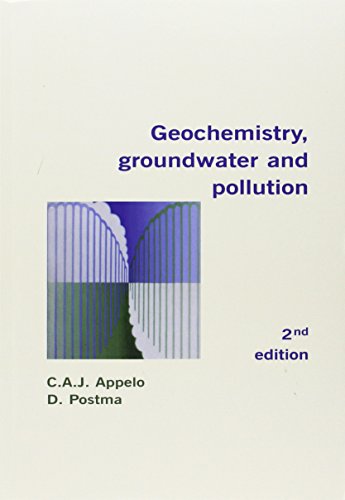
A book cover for Geochemistry, Groundwater and Pollution, Second Edition; C.A.J. Appelo; Science & Math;